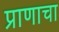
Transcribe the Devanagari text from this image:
प्राणाचा